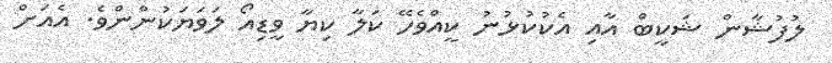
ލުފުޝާން ޝަކީބް އާއި އެކުކުޅުނު ކީއްވެހޭ ކަލާ ކިޔާ ވީޑިއޯ ލަވަޔަކުންންވެ. އެއަށް